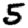
Digit: 5